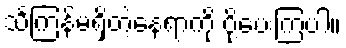
သင်္ကြန်မရှိတဲ့နေရာကို ပို့ပေးကြပါ။